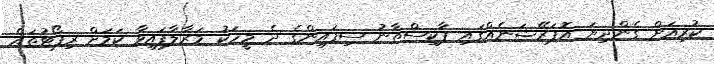
ކުރިއަށް ގެންދިޔަ އޮޕަރޭޝަނެއްގައި ޕާކިސްތާނު ސިފައިންގެ ދެ މީހަކު މަރާލާފައިވާ ކަމަށް ރިޕޯޓުތައް